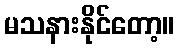
မသနားနိုင်တော့။